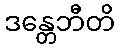
ဒန္တေဘီတိ